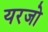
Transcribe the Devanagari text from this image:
यरजो